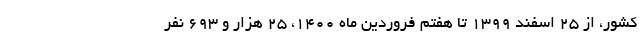
کشور، از ۲۵ اسفند ۱۳۹۹ تا هفتم فروردین ماه ۱۴۰۰، ۲۵ هزار و ۶۹۳ نفر